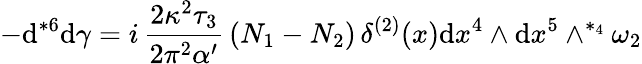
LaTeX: -\mathrm{d}{}^{*6}\mathrm{d}\gamma=i\, \frac{{2\kappa^{2}\tau_{3}}}{{2\pi^{2}\alpha^{\prime}}}\, (N_{1}-N_{2})\, \delta^{(2)}(x)\mathrm{d}x^{4}\wedge\mathrm{d}x^{5}\wedge^{*_{4}}\omega_{2}